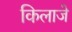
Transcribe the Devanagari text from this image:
किलाजे